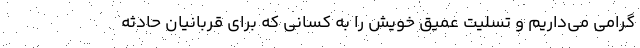
گرامی می‌داریم و تسلیت عمیق خویش را به کسانی که برای قربانیان حادثهٔ